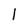
Character: 1